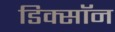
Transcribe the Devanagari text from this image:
डिक्साॅन